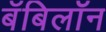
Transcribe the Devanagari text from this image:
बॅबिलॉन